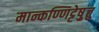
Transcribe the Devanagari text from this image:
मान्कण्णिट्टेषु़त्तु